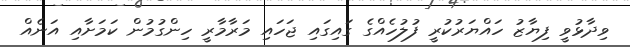
ވިދާޅުވީ ފިޔާޒު ހައްޔަރުކުރީ ފުލުހެއްގެ ގައިގައި ޖަހައި މަރާމާރީ ހިންގުމުން ކަމަށާއި އަނެއް